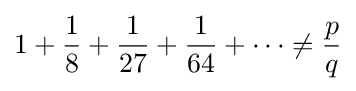
1+{\frac {1}{8}}+{\frac {1}{27}}+{\frac {1}{64}}+\cdots \neq {\frac {p}{q}}